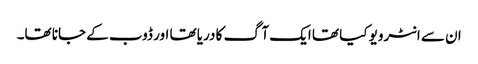
ان سے انٹرویو کیا تھا ایک آگ کا دریا تھا اور ڈوب کے جانا تھا۔